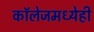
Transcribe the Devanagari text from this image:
काॅलेजमध्येही